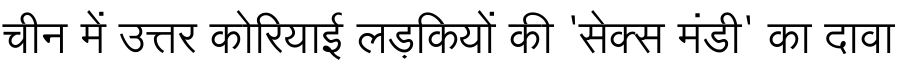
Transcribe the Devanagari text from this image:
चीन में उत्तर कोरियाई लड़कियों की 'सेक्स मंडी' का दावा